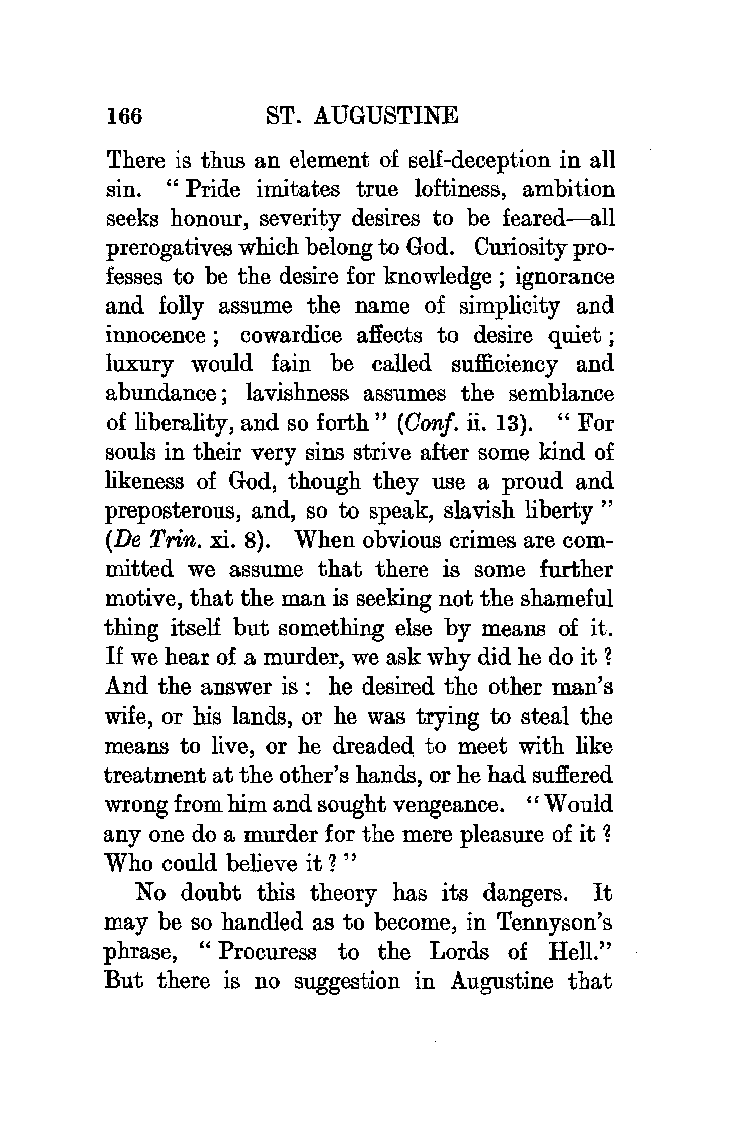
166       ST. AUGUSTINE
 There is thus an element of self-deception in all
 sin. " Pride imitates true loftiness, ambition
 seeks honour, severity desires to be feared-all
 prerogatives which belong to God. Curiosity pro
 fesses to be the desire for knowledge ; ignorance
 and folly assume the name of simplicity and
 innocence; cowardice affects to desire quiet;
 luxury would fain be called sufficiency and
 abundance; lavishness assumes the semblance
 of liberality, and so forth" (Conf. ii. 13). " For
 souls in their very sins strive after some kind of
 likeness of God, though they use a proud and
 preposterous, and, so to speak, slavish liberty"
 (De Trin. xi. 8). When obvious crimes are com
 mitted we assume that there is some further
 motive, that the man is seeking not the shameful
 thing itself but something else by means of it.
 If we hear of a murder, we ask why did he do it ?
 And the answer is: he desired the other man's
 wife, or his lands, or he was trying to steal the
 means to live, or he dreaded, to meet with like
 treatment at the other's hands, or he had suffered
 wrong from him and sought vengeance. ''Would
 any one do a murder for the mere pleasure of it ?
 Who could believe it ? "
 No doubt this theory has its dangers. It
 may be so handled as to become, in Tennyson's
 phrase, "Procuress to the Lords of Hell."
 But there is no suggestion in Augustine that